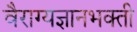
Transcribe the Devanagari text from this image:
वैराग्यज्ञानभक्ती